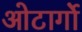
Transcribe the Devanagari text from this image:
ओटार्गो